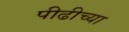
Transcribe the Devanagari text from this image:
पीढीच्या